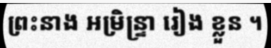
ព្រះនាង អម្រិន្ទ្រា រៀង ខ្លួន ។